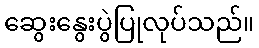
ဆွေးနွေးပွဲပြုလုပ်သည်။